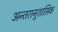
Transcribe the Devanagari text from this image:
अन्तरानुशासिक